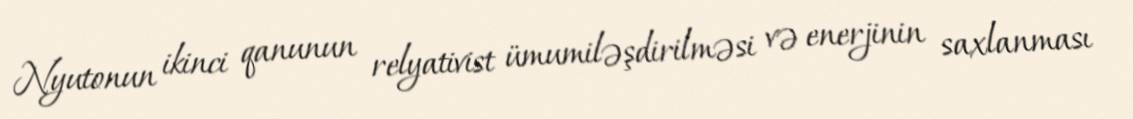
Nyutonun ikinci qanunun relyativist ümumiləşdirilməsi və enerjinin saxlanması